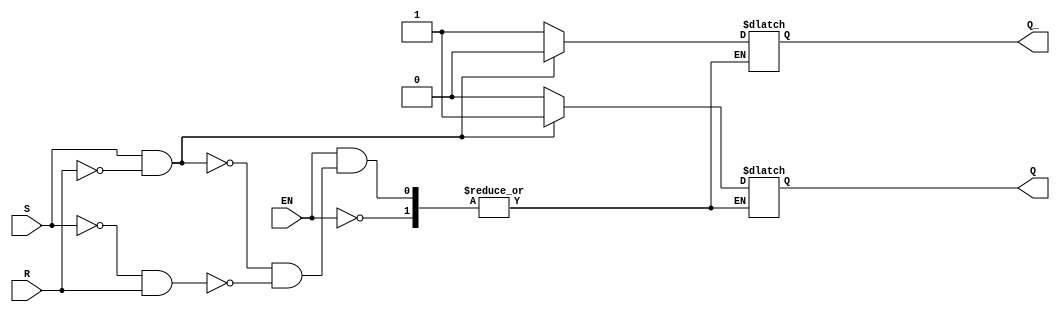
module SR_flip_flop (
    input S,    // Set input
    input R,    // Reset input
    input EN,   // Enable input
    output reg Q,  // Output Q
    output reg Q_  // Output Q'
);

// Sequential logic block Asynchronous SR flip-flop
always @(S or R or EN)
begin
    if (!EN) begin
        Q <= Q;
        Q_ <= Q_;
    end else begin
        if (S && !R) begin
            Q <= 1'b1;
            Q_ <= 1'b0;
        end else if (!S && R) begin
            Q <= 1'b0;
            Q_ <= 1'b1;
        end else begin
            Q <= Q;
            Q_ <= Q_;
        end
    end
end

endmodule